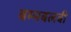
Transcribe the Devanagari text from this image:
बम्मबलबी